Leaving Certificate Examination, 1903
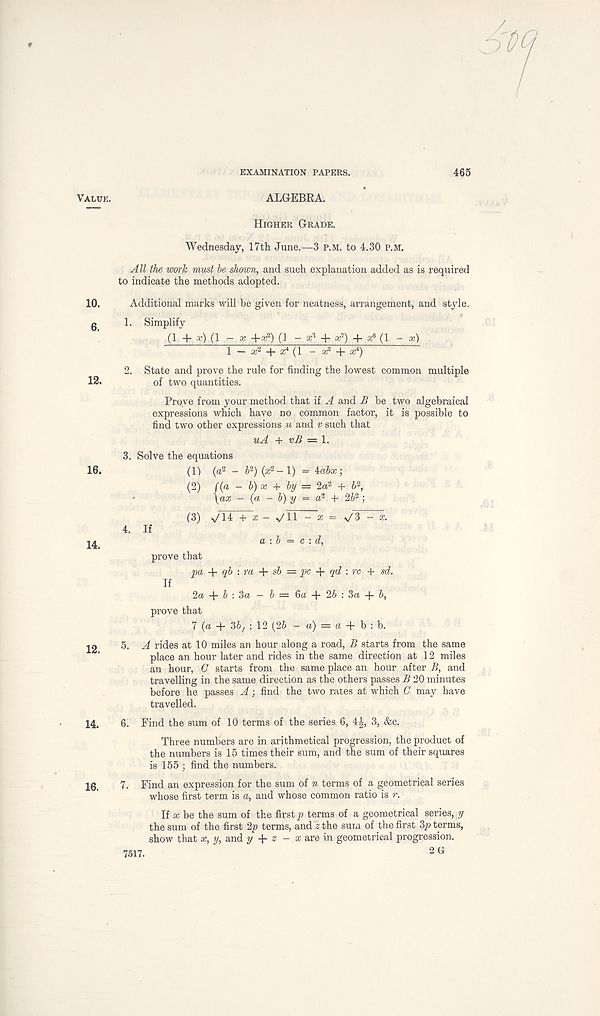
EXAMINATION PAPERS.
465
16.
Higher Grade.
Wednesday, 17th June.—3 p.m. to 4.30 p.m.
All the work must be shown, and such explanation added as is required
to indicate the methods adopted.
Additional marks will be given for neatness, arrangement, and style.
1. Simplify
(1 + a?) (1 - x +x 2 ) (1 - a; 3 + a: 7 ) + a: 6 (1 - x)
1 — x 1 -|- a? (1 - x 1 + x 4 )
2. State and prove the rule for finding the lowest common multiple
of two quantities.
Prqve from your method that if A and B be two algebraical
expressions which have no common factor, it is possible to
find two other expressions u and v such that
uA + vB = 1.
3. Solve the equations
(1)
(2)
(3)
(a 2 - 5 2 ) (a 2 - 1) = kabx;
((a - b) x + by — 2a 2 + 6 2 ,
\ax - (a - b) y = a 2 + 2b 2 • ,
n/3~
v/14 + & — \/ll
a : b = c : d,
prove that
pa + qb : ra + sb = pc qd : rc + sd.
■ ■ 6a + 2b : 3a + b,
If
16. 7.
2a + b : 3a - i
prove that
7 (a + 36 ; : 12 (26 - a) = a + b : b.
A rides at 10 miles an hour along a road, B starts from the same
place an hour later and rides in the same direction at 12 miles
an hour, C starts from the same place an hour after B, and
travelling in the same direction as the others passes B 20 minutes
before he passes A; find the two rates at which C may have
travelled.
Find the sum of 10 terms of the series 6, 4^, 3, &c.
Three numbers are in arithmetical progression, the product of
the numbers is 15 times their sum, and the sum of their squares
is 155 ; find the numbers.
Find an expression for the sum of n terms of a geometrical series
whose first term is a, and whose common ratio is r.
If x be the sum of the first p terms of a geometrical series, y
the sum of the first 2p terms, and z the sum of the first 3p terms,
show that x, y, and y + z - x are in geometrical progression.
2 G
7517.